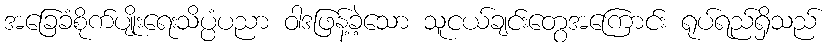
အခြေခံစိုက်ပျိုးရေးသိပ္ပံပညာ ဝါဒဖြန့်ခဲ့သော သူငယ်ချင်းတွေအကြောင်း ရုပ်ရည်ရှိသည်